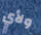
ولأي